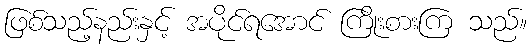
ဖြစ်သည့်နည်းနှင့် အပိုင်ရအောင် ကြိုးစားကြ သည်။